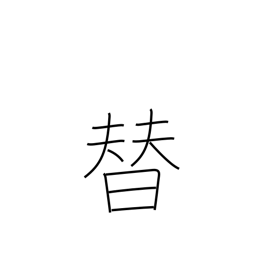
Meaning: per-